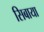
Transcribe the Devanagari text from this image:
सिबाया